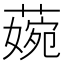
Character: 𦹅